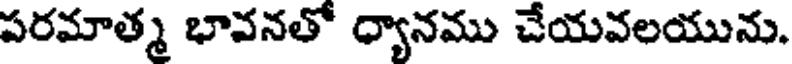
పరమాత్మ భావనతో ధ్యానము చేయవలయును.